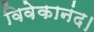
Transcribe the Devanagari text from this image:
विवेकानंद।